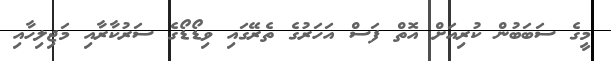
މީގެ ސަބަބުން ކުރިއަށް އޮތް ފަސް އަހަރުގެ ތެރޭގައި ވިޑޯޑޯގެ ސަރުކާރާއި މަޖިލިހާއި